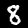
Label: 8